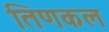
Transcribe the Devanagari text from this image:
तिणकल